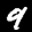
Label: 9